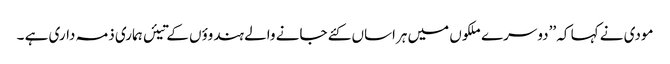
مودی نے کہا کہ ’’دوسرے ملکوں میں ہراساں کئے جانے والے ہندوؤں کے تیئں ہماری ذمہ داری ہے ۔